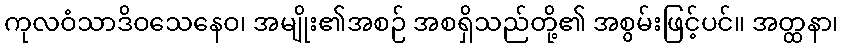
ကုလဝံသာဒိဝသေနေဝ၊ အမျိုး၏အစဉ် အစရှိသည်တို့၏ အစွမ်းဖြင့်ပင်။ အတ္ထနာ၊